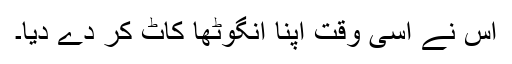
اس نے اسی وقت اپنا انگوٹھا کاٹ کر دے دیا۔